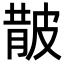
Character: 𭽬